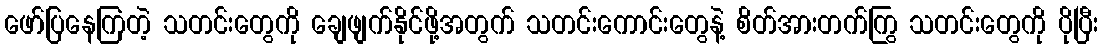
ဖော်ပြနေကြတဲ့ သတင်းတွေကို ချေဖျက်နိုင်ဖို့အတွက် သတင်းကောင်းတွေနဲ့ စိတ်အားတက်ကြွ သတင်းတွေကို ပိုပြီး